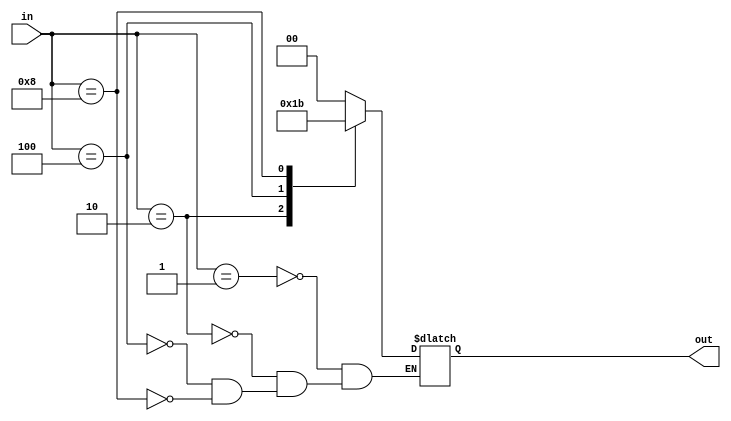
module encoder (out,in);
  input [3:0] in;
  output reg [1:0] out;
  always @(in)
  begin
    case (in)
      4'b0001 : out = 2'b00;
      4'b0010 : out = 2'b01;
      4'b0100 : out = 2'b10;
      4'b1000 : out = 2'b11;
    endcase
 end
endmodule